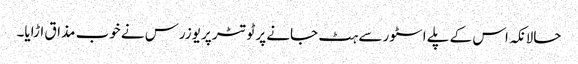
حالانکہ اس کے پلے اسٹور سے ہٹ جانے پر ٹوتٹر پر یوزرس نے خوب مذاق اڑایا۔